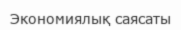
Экономиялық саясаты